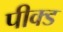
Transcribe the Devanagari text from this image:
पीक्ड